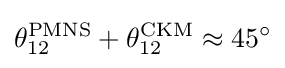
\theta _{12}^{\text{PMNS}}+\theta _{12}^{\text{CKM}}\approx 45^{\circ }